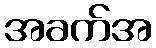
အခက်အ